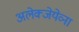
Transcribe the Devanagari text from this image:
अलेक्जेयेव्ना